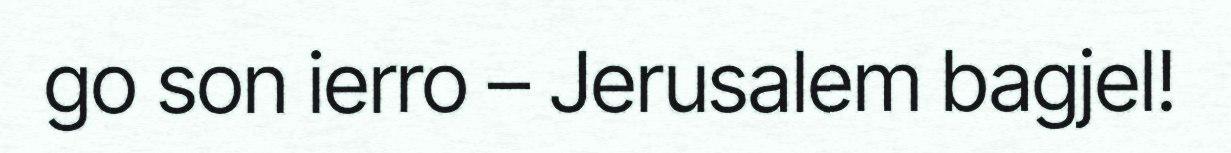
go son ierro – Jerusalem bagjel!